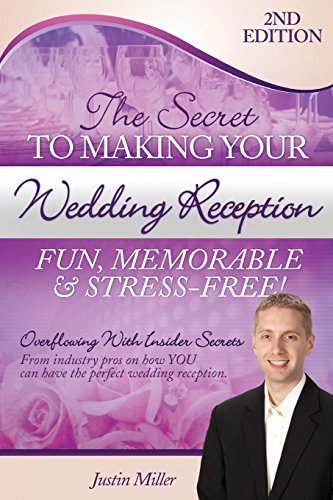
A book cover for The Secret to Making Your Wedding Reception Fun, Memorable & Stress-Free!: Second Edition; Mr Justin Miller; Crafts, Hobbies & Home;